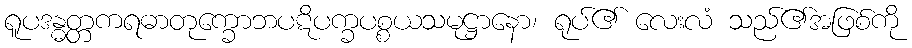
ရူပဒန္ဓတ္တကရဓာတုက္ခောဘပဋိပက္ခပစ္စယသမုဋ္ဌာနော၊ ရုပ်၏ လေးလံ သည်၏အဖြစ်ကို